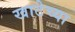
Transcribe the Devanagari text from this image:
खाटेच्या